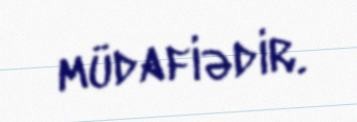
müdafiədir.